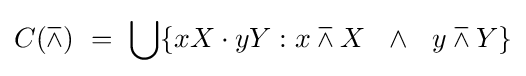
C(\barwedge )\ =\ \bigcup \{xX\cdot yY:x\barwedge X\ \ \land \ \ y\barwedge Y\}